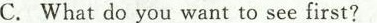
C.What do you want to see first?